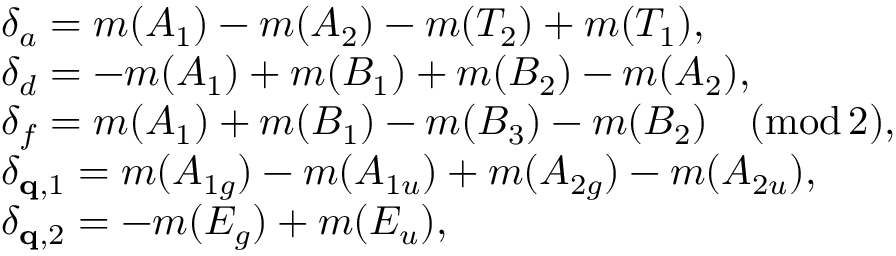
\begin{array} { r l } & { \delta _ { a } = m ( A _ { 1 } ) - m ( A _ { 2 } ) - m ( T _ { 2 } ) + m ( T _ { 1 } ) , } \\ & { \delta _ { d } = - m ( A _ { 1 } ) + m ( B _ { 1 } ) + m ( B _ { 2 } ) - m ( A _ { 2 } ) , } \\ & { \delta _ { f } = m ( A _ { 1 } ) + m ( B _ { 1 } ) - m ( B _ { 3 } ) - m ( B _ { 2 } ) \quad ( \mathrm { m o d } \, 2 ) , } \\ & { \delta _ { \mathbf { q } , 1 } = m ( A _ { 1 g } ) - m ( A _ { 1 u } ) + m ( A _ { 2 g } ) - m ( A _ { 2 u } ) , } \\ & { \delta _ { \mathbf { q } , 2 } = - m ( E _ { g } ) + m ( E _ { u } ) , } \end{array}